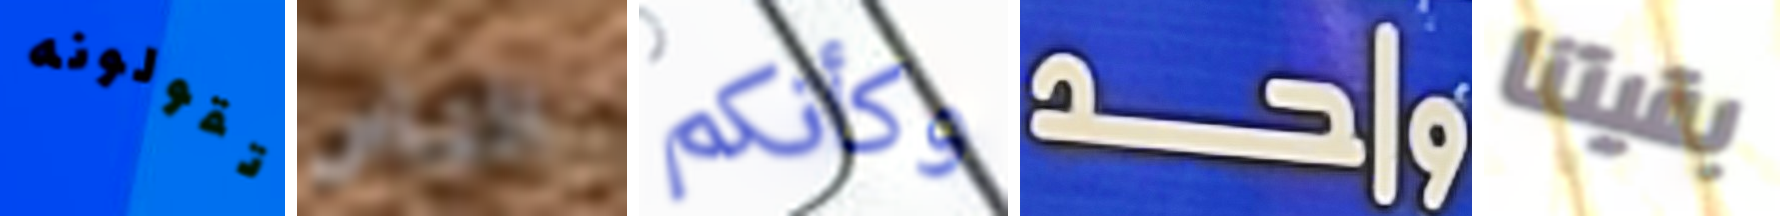
تقولونه الناس وكأنكم واحد بقيتنا